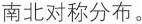
南北对称分布。